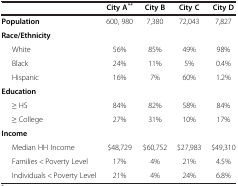
|  | City A** | City B | City C | City D |
 | --- | --- | --- | --- | --- |
 | Population | 600, 980 | 7,380 | 72,043 | 7,827 |
 | Race/Ethnicity |  |  |  |  |
 | White | 56% | 85% | 49% | 98% |
 | Black | 24% | 11% | 5% | 0.4% |
 | Hispanic | 16% | 7% | 60% | 1.2% |
 | Education |  |  |  |  |
 | ≥ HS | 84% | 82% | 58% | 84% |
 | ≥ College | 27% | 31% | 10% | 17% |
 | Income |  |  |  |  |
 | Median HH Income | $48,729 | $60,752 | $27,983 | $49,310 |
 | Families < Poverty Level | 17% | 4% | 21% | 4.5% |
 | Individuals < Poverty Level | 21% | 4% | 24% | 6.8% |